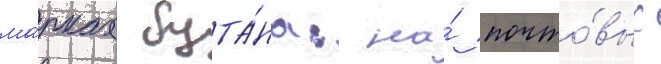
ма́рках бута́на: на́ почто́вых